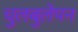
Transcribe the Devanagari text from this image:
चुलबुलेपन